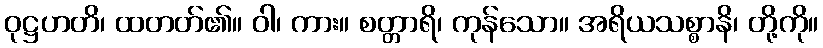
ဝုဋ္ဌဟတိ၊ ထတတ်၏။ ဝါ၊ ကား။ စတ္တာရိ၊ ကုန်သော။ အရိယသစ္စာနိ၊ တို့ကို။